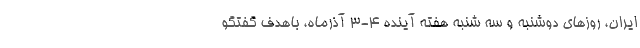
ایران، روزهای دوشنبه و سه شنبه هفته آینده 4-3 آذرماه، باهدف گفتگو